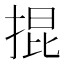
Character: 掍